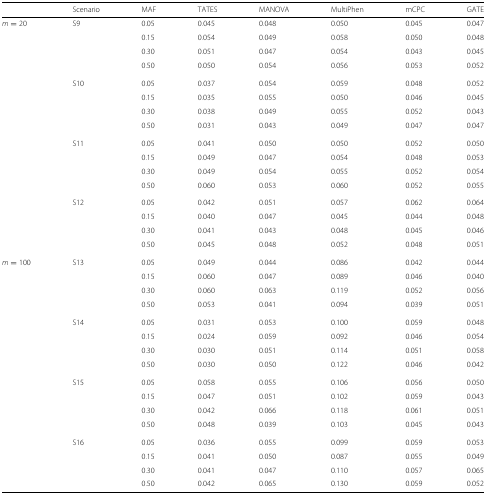
<table><thead><tr><td></td><td><b>Scenario</b></td><td><b>MAF</b></td><td><b>TATES</b></td><td><b>MANOVA</b></td><td><b>MultiPhen</b></td><td><b>mCPC</b></td><td><b>GATE</b></td></tr></thead><tbody><tr><td><i>m</i>=20</td><td>S9</td><td>0.05</td><td>0.045</td><td>0.048</td><td>0.050</td><td>0.045</td><td>0.047</td></tr><tr><td></td><td></td><td>0.15</td><td>0.054</td><td>0.049</td><td>0.058</td><td>0.050</td><td>0.048</td></tr><tr><td></td><td></td><td>0.30</td><td>0.051</td><td>0.047</td><td>0.054</td><td>0.043</td><td>0.045</td></tr><tr><td></td><td></td><td>0.50</td><td>0.050</td><td>0.054</td><td>0.056</td><td>0.053</td><td>0.052</td></tr><tr><td></td><td>S10</td><td>0.05</td><td>0.037</td><td>0.054</td><td>0.059</td><td>0.048</td><td>0.052</td></tr><tr><td></td><td></td><td>0.15</td><td>0.035</td><td>0.055</td><td>0.050</td><td>0.046</td><td>0.045</td></tr><tr><td></td><td></td><td>0.30</td><td>0.038</td><td>0.049</td><td>0.055</td><td>0.052</td><td>0.043</td></tr><tr><td></td><td></td><td>0.50</td><td>0.031</td><td>0.043</td><td>0.049</td><td>0.047</td><td>0.047</td></tr><tr><td></td><td>S11</td><td>0.05</td><td>0.041</td><td>0.050</td><td>0.050</td><td>0.052</td><td>0.050</td></tr><tr><td></td><td></td><td>0.15</td><td>0.049</td><td>0.047</td><td>0.054</td><td>0.048</td><td>0.053</td></tr><tr><td></td><td></td><td>0.30</td><td>0.049</td><td>0.054</td><td>0.055</td><td>0.052</td><td>0.054</td></tr><tr><td></td><td></td><td>0.50</td><td>0.060</td><td>0.053</td><td>0.060</td><td>0.052</td><td>0.055</td></tr><tr><td></td><td>S12</td><td>0.05</td><td>0.042</td><td>0.051</td><td>0.057</td><td>0.062</td><td>0.064</td></tr><tr><td></td><td></td><td>0.15</td><td>0.040</td><td>0.047</td><td>0.045</td><td>0.044</td><td>0.048</td></tr><tr><td></td><td></td><td>0.30</td><td>0.041</td><td>0.043</td><td>0.048</td><td>0.045</td><td>0.046</td></tr><tr><td></td><td></td><td>0.50</td><td>0.045</td><td>0.048</td><td>0.052</td><td>0.048</td><td>0.051</td></tr><tr><td><i>m</i>=100</td><td>S13</td><td>0.05</td><td>0.049</td><td>0.044</td><td>0.086</td><td>0.042</td><td>0.044</td></tr><tr><td></td><td></td><td>0.15</td><td>0.060</td><td>0.047</td><td>0.089</td><td>0.046</td><td>0.040</td></tr><tr><td></td><td></td><td>0.30</td><td>0.060</td><td>0.063</td><td>0.119</td><td>0.052</td><td>0.056</td></tr><tr><td></td><td></td><td>0.50</td><td>0.053</td><td>0.041</td><td>0.094</td><td>0.039</td><td>0.051</td></tr><tr><td></td><td>S14</td><td>0.05</td><td>0.031</td><td>0.053</td><td>0.100</td><td>0.059</td><td>0.048</td></tr><tr><td></td><td></td><td>0.15</td><td>0.024</td><td>0.059</td><td>0.092</td><td>0.046</td><td>0.054</td></tr><tr><td></td><td></td><td>0.30</td><td>0.030</td><td>0.051</td><td>0.114</td><td>0.051</td><td>0.058</td></tr><tr><td></td><td></td><td>0.50</td><td>0.030</td><td>0.050</td><td>0.122</td><td>0.046</td><td>0.042</td></tr><tr><td></td><td>S15</td><td>0.05</td><td>0.058</td><td>0.055</td><td>0.106</td><td>0.056</td><td>0.050</td></tr><tr><td></td><td></td><td>0.15</td><td>0.047</td><td>0.051</td><td>0.102</td><td>0.059</td><td>0.043</td></tr><tr><td></td><td></td><td>0.30</td><td>0.042</td><td>0.066</td><td>0.118</td><td>0.061</td><td>0.051</td></tr><tr><td></td><td></td><td>0.50</td><td>0.048</td><td>0.039</td><td>0.103</td><td>0.045</td><td>0.043</td></tr><tr><td></td><td>S16</td><td>0.05</td><td>0.036</td><td>0.055</td><td>0.099</td><td>0.059</td><td>0.053</td></tr><tr><td></td><td></td><td>0.15</td><td>0.041</td><td>0.050</td><td>0.087</td><td>0.055</td><td>0.049</td></tr><tr><td></td><td></td><td>0.30</td><td>0.041</td><td>0.047</td><td>0.110</td><td>0.057</td><td>0.065</td></tr><tr><td></td><td></td><td>0.50</td><td>0.042</td><td>0.065</td><td>0.130</td><td>0.059</td><td>0.052</td></tr></tbody></table>